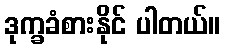
ဒုက္ခခံစားနိုင် ပါတယ်။